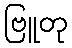
ဗြူတု